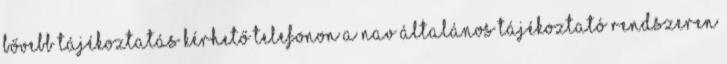
bővebb tájékoztatás kérhető telefonon a NAV Általános Tájékoztató Rendszeren